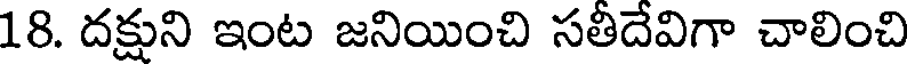
18. దక్షుని ఇంట జనియించి సతీదేవిగా చాలించి